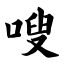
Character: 嗖